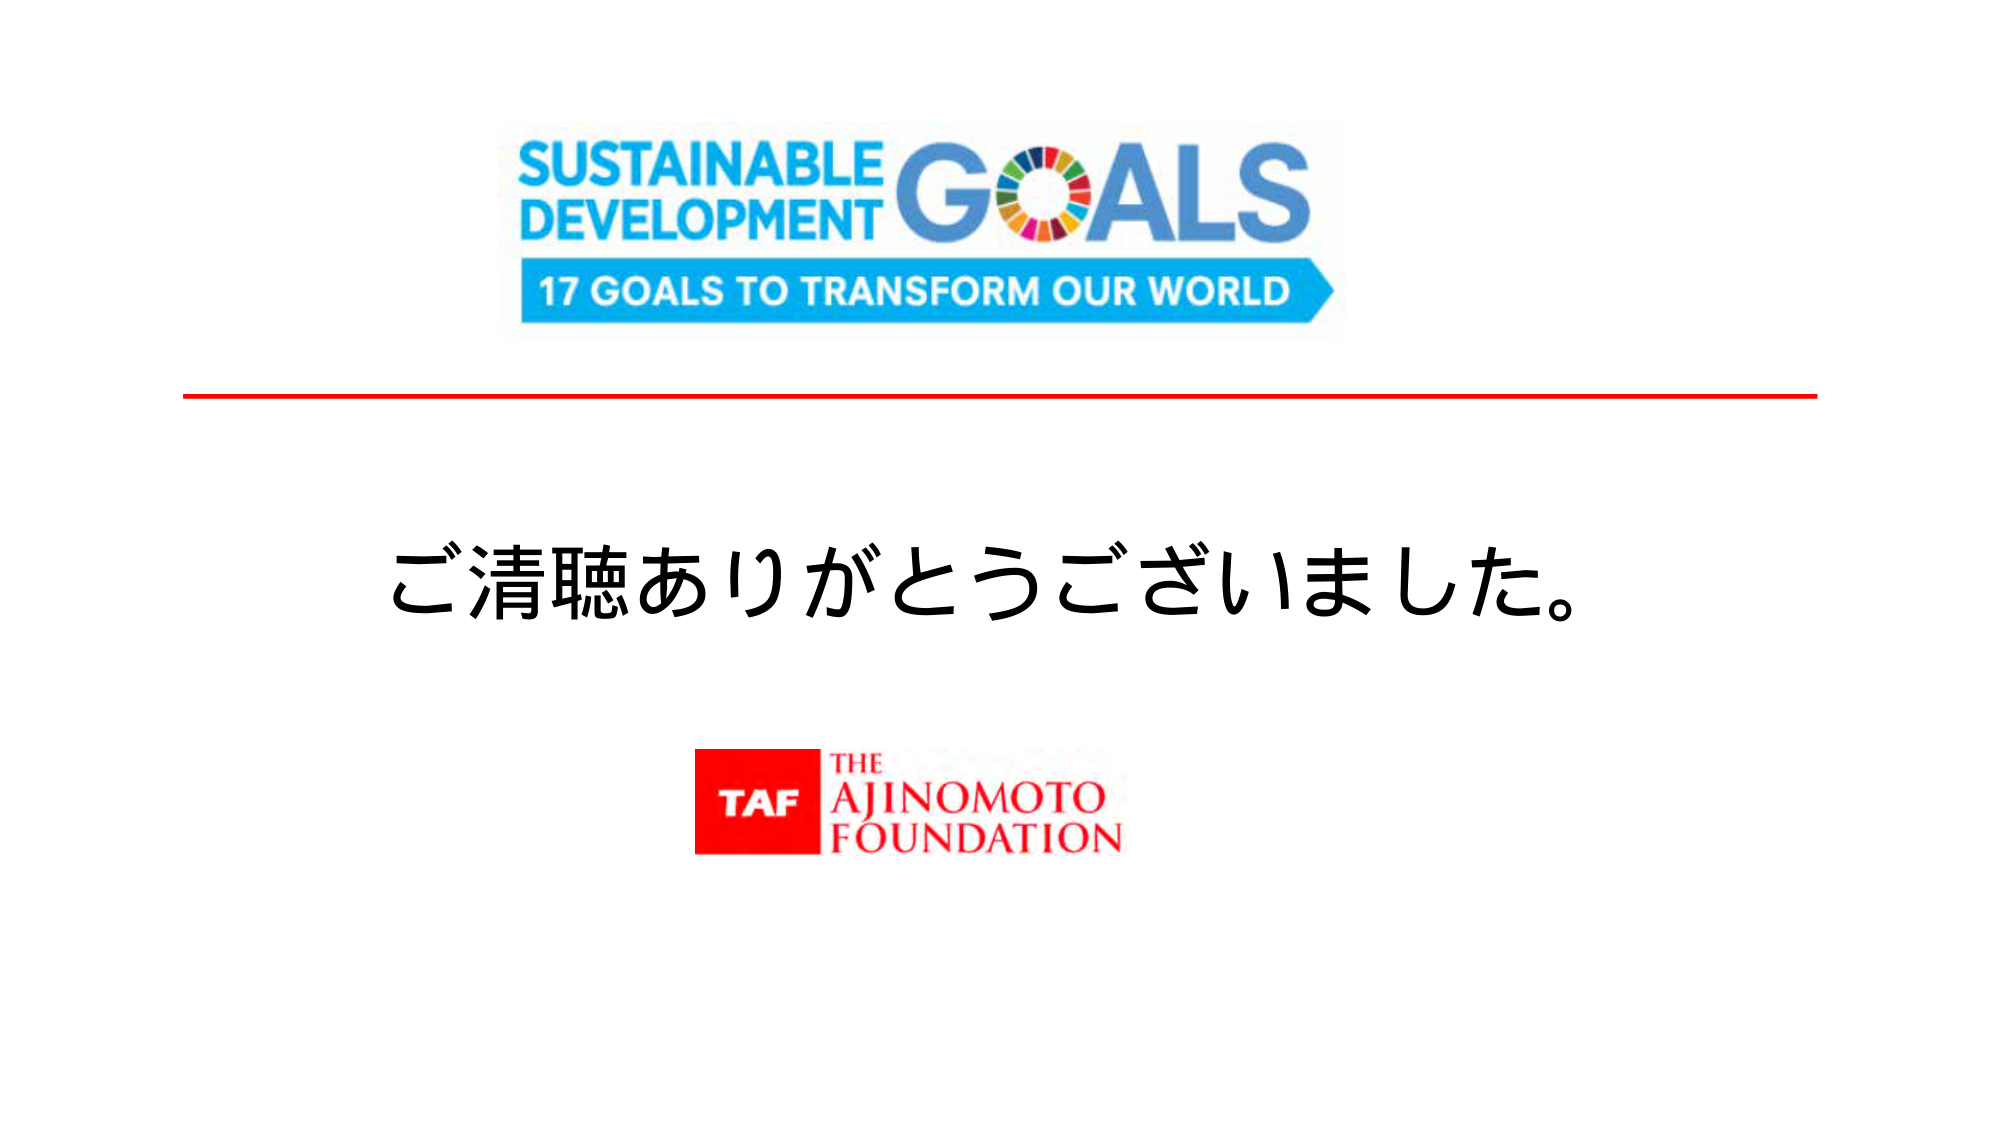
SUSTAINABLE DEVELOPMENT GOALS
17 GOALS TO TRANSFORM OUR WORLD
ご清聴ありがとうございました。
TAF THE AJINOMOTO FOUNDATION